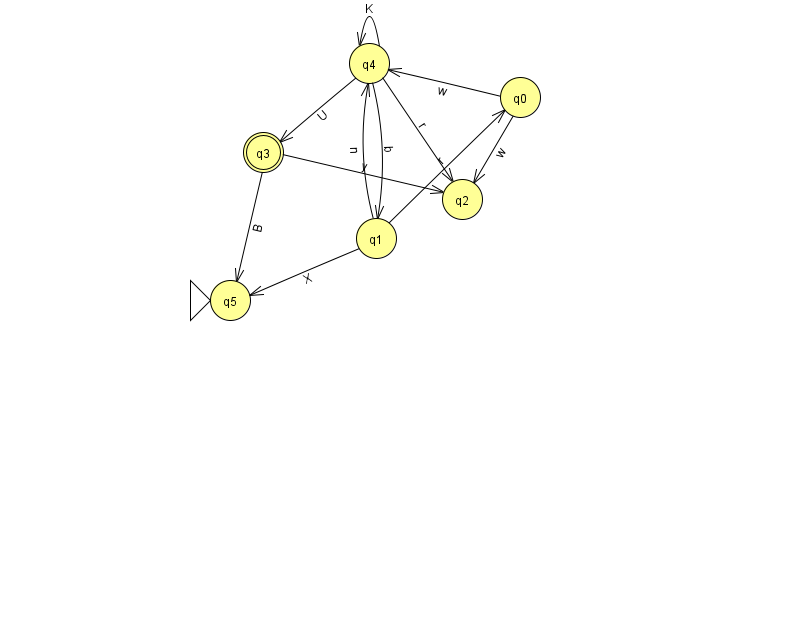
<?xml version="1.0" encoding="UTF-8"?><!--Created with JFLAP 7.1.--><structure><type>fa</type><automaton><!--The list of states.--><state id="0" name="q0"><x>520.0</x><y>84.0</y></state><state id="1" name="q1"><x>376.0</x><y>225.0</y></state><state id="2" name="q2"><x>462.0</x><y>186.0</y></state><state id="3" name="q3"><x>263.0</x><y>139.0</y><final/></state><state id="4" name="q4"><x>369.0</x><y>50.0</y></state><state id="5" name="q5"><x>230.0</x><y>287.0</y><initial/></state><!--The list of transitions.--><transition><from>1</from><to>0</to><read>r</read></transition><transition><from>1</from><to>5</to><read>X</read></transition><transition><from>4</from><to>1</to><read>b</read></transition><transition><from>0</from><to>4</to><read>w</read></transition><transition><from>3</from><to>2</to><read>y</read></transition><transition><from>4</from><to>3</to><read>U</read></transition><transition><from>0</from><to>2</to><read>w</read></transition><transition><from>3</from><to>5</to><read>B</read></transition><transition><from>4</from><to>4</to><read>K</read></transition><transition><from>1</from><to>4</to><read>n</read></transition><transition><from>4</from><to>2</to><read>r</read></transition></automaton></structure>